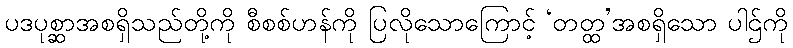
ပဒပုစ္ဆာအစရှိသည်တို့ကို စီစစ်ဟန်ကို ပြလိုသောကြောင့် ‘တတ္ထ’အစရှိသော ပါဌ်ကို